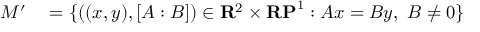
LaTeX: \begin{array} { r l } { M ^ { \prime } } & { { } = \{ ( ( x , y ) , [ A : B ] ) \in \mathbf { R } ^ { 2 } \times \mathbf { R P } ^ { 1 } : A x = B y , \ B \neq 0 \} } \end{array}